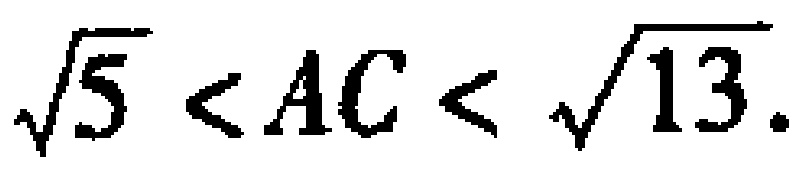
$\sqrt{5}<AC<\sqrt{13}.$